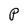
Character: P